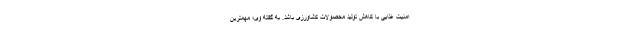
امنیت غذایی با کاهش تولید محصولات کشاورزی باشد. به گفته وی؛ مهمترین